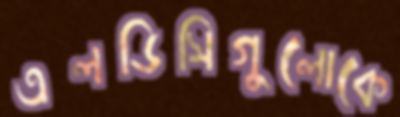
এলডিসিগুলোকে